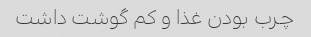
چرب بودن غذا و کم گوشت داشت